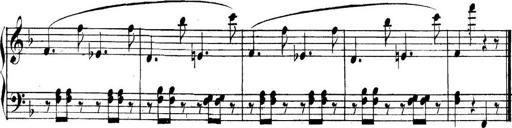
Title: Collected Piano Sonatas
Composer: Muzio Clementi